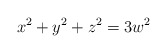
\begin{align*}x^2 + y^2 + z^2 = 3w^2\end{align*}